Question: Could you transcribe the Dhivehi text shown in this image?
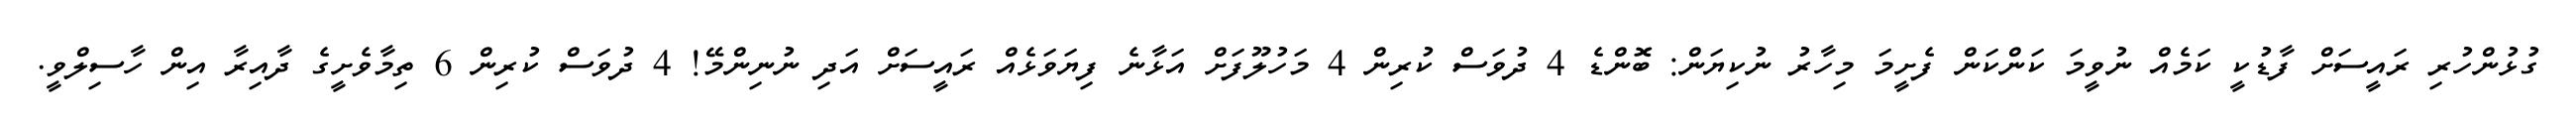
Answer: ގުޅުންހުރި ރައީސަށް ފާޑުކީ ކަމެއް ނުވީމަ ކަންކަން ފެށީމަ މިހާރު ނުކިޔަން: ބޮންޑެ 4 ދުވަސް ކުރިން 4 މަހުލޫފަށް އަޅާނެ ފިޔަވަޅެއް ރައީސަށް އަދި ނުނިންމޭ! 4 ދުވަސް ކުރިން 6 ތިމާވެށީގެ ދާއިރާ އިން ހާސިލްވީ.